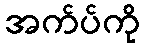
အက်ပ်ကို